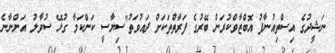
ނަޝީދުގެ އިސްތިއުނާފު އޮބްޒާވްކުރަން ބޭރުގެ ފަރާތްތަކަށް ދައުވަތު"ސިޔާސީ ކަންކަމާ ގުޅޭ ސުވާލު އަންނާނެ